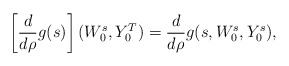
\begin{align*} \left[\frac{d}{d\rho} g(s)\right](W_0^s, Y_0^T) = \frac{d}{d\rho} g(s, W_0^s, Y_0^s),\end{align*}